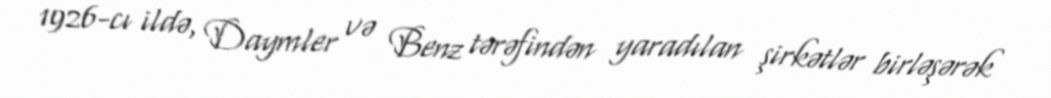
1926-cı ildə, Daymler və Benz tərəfindən yaradılan şirkətlər birləşərək